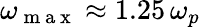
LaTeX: \omega_{\mathrm{~m~a~x~}}\approx 1.25\, \omega_{p}